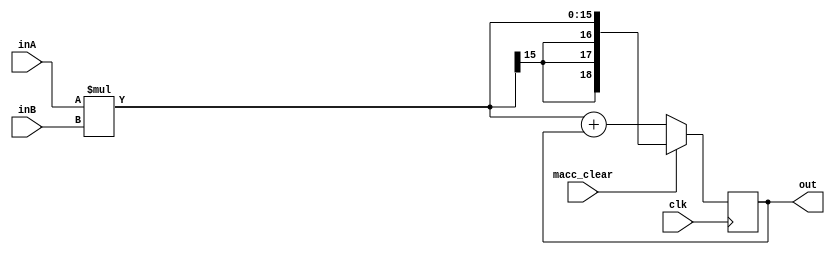
module MAC(input signed [7:0] inA, input signed [7:0] inB, input macc_clear, input clk, output reg signed [18:0] out);

	reg signed [18:0] accumulator;
	reg signed [15:0] multiplier;
	
	always @(posedge clk) begin
		out <= accumulator;
	end
	
	always @(*) begin
		multiplier = inA * inB;
		accumulator = macc_clear ? multiplier : multiplier + out;	
	end

endmodule